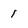
Character: 1